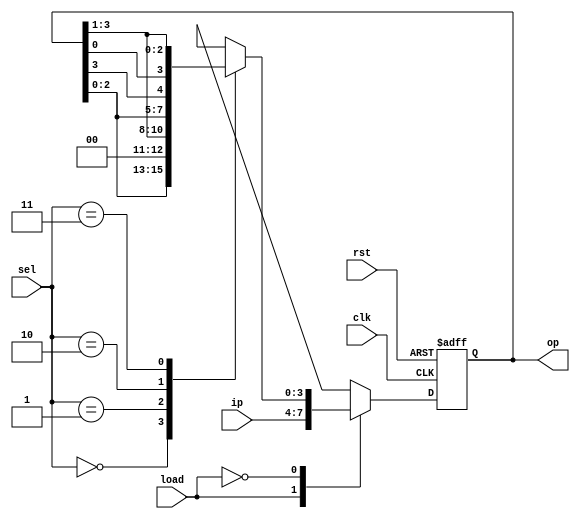
module shift_reg(op,clk,rst, load,sel,ip);
  output reg [3:0] op;
  input load;
  input [1:0] sel;
  input [3:0] ip;
  input clk, rst;
  
  always @(posedge clk or posedge rst)
   begin
     if (rst)
       
       op = 0;
      
     else    
       case(load)
         1'b1: 
          begin                                 //Load Input
            op = ip;
          end
          
         1'b0:                                 //Operation 
           case (sel)
            3'b000:  op = op<<1;                //Left Shift
            3'b001:  op = op>>1;               //Right Shift
            3'b010:  op = {op[2:0],op[3]};    //Rotate Left
            3'b011:  op = {op[0], op[3:1]};  //Rotate Right
          endcase                                     
       endcase
   
   end 
    
  endmodule